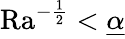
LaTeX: \mathrm{{Ra}}^{-\frac{1}{2}}<\underline{{\alpha}}